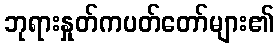
ဘုရားနှုတ်ကပတ်တော်များ၏